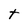
Character: t